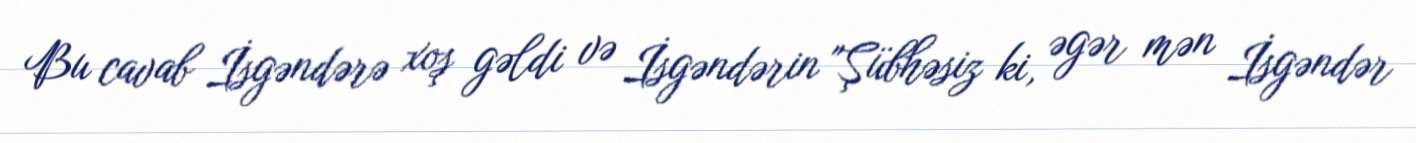
Bu cavab İsgəndərə xoş gəldi və İsgəndərin "Şübhəsiz ki, əgər mən İsgəndər